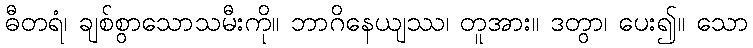
ဓီတရံ၊ ချစ်စွာသောသမီးကို။ ဘာဂိနေယျဿ၊ တူအား။ ဒတွာ၊ ပေး၍။ သော